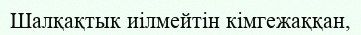
Шалқақтык иілмейтін кімгежаққан,